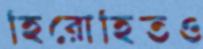
হিরোহিতও